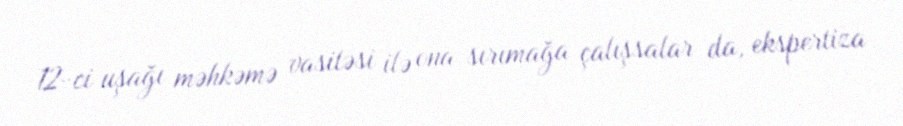
12-ci uşağı məhkəmə vasitəsi ilə ona sırımağa çalışsalar da, ekspertiza